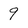
Character: 9